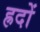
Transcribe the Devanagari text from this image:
ह्रदों